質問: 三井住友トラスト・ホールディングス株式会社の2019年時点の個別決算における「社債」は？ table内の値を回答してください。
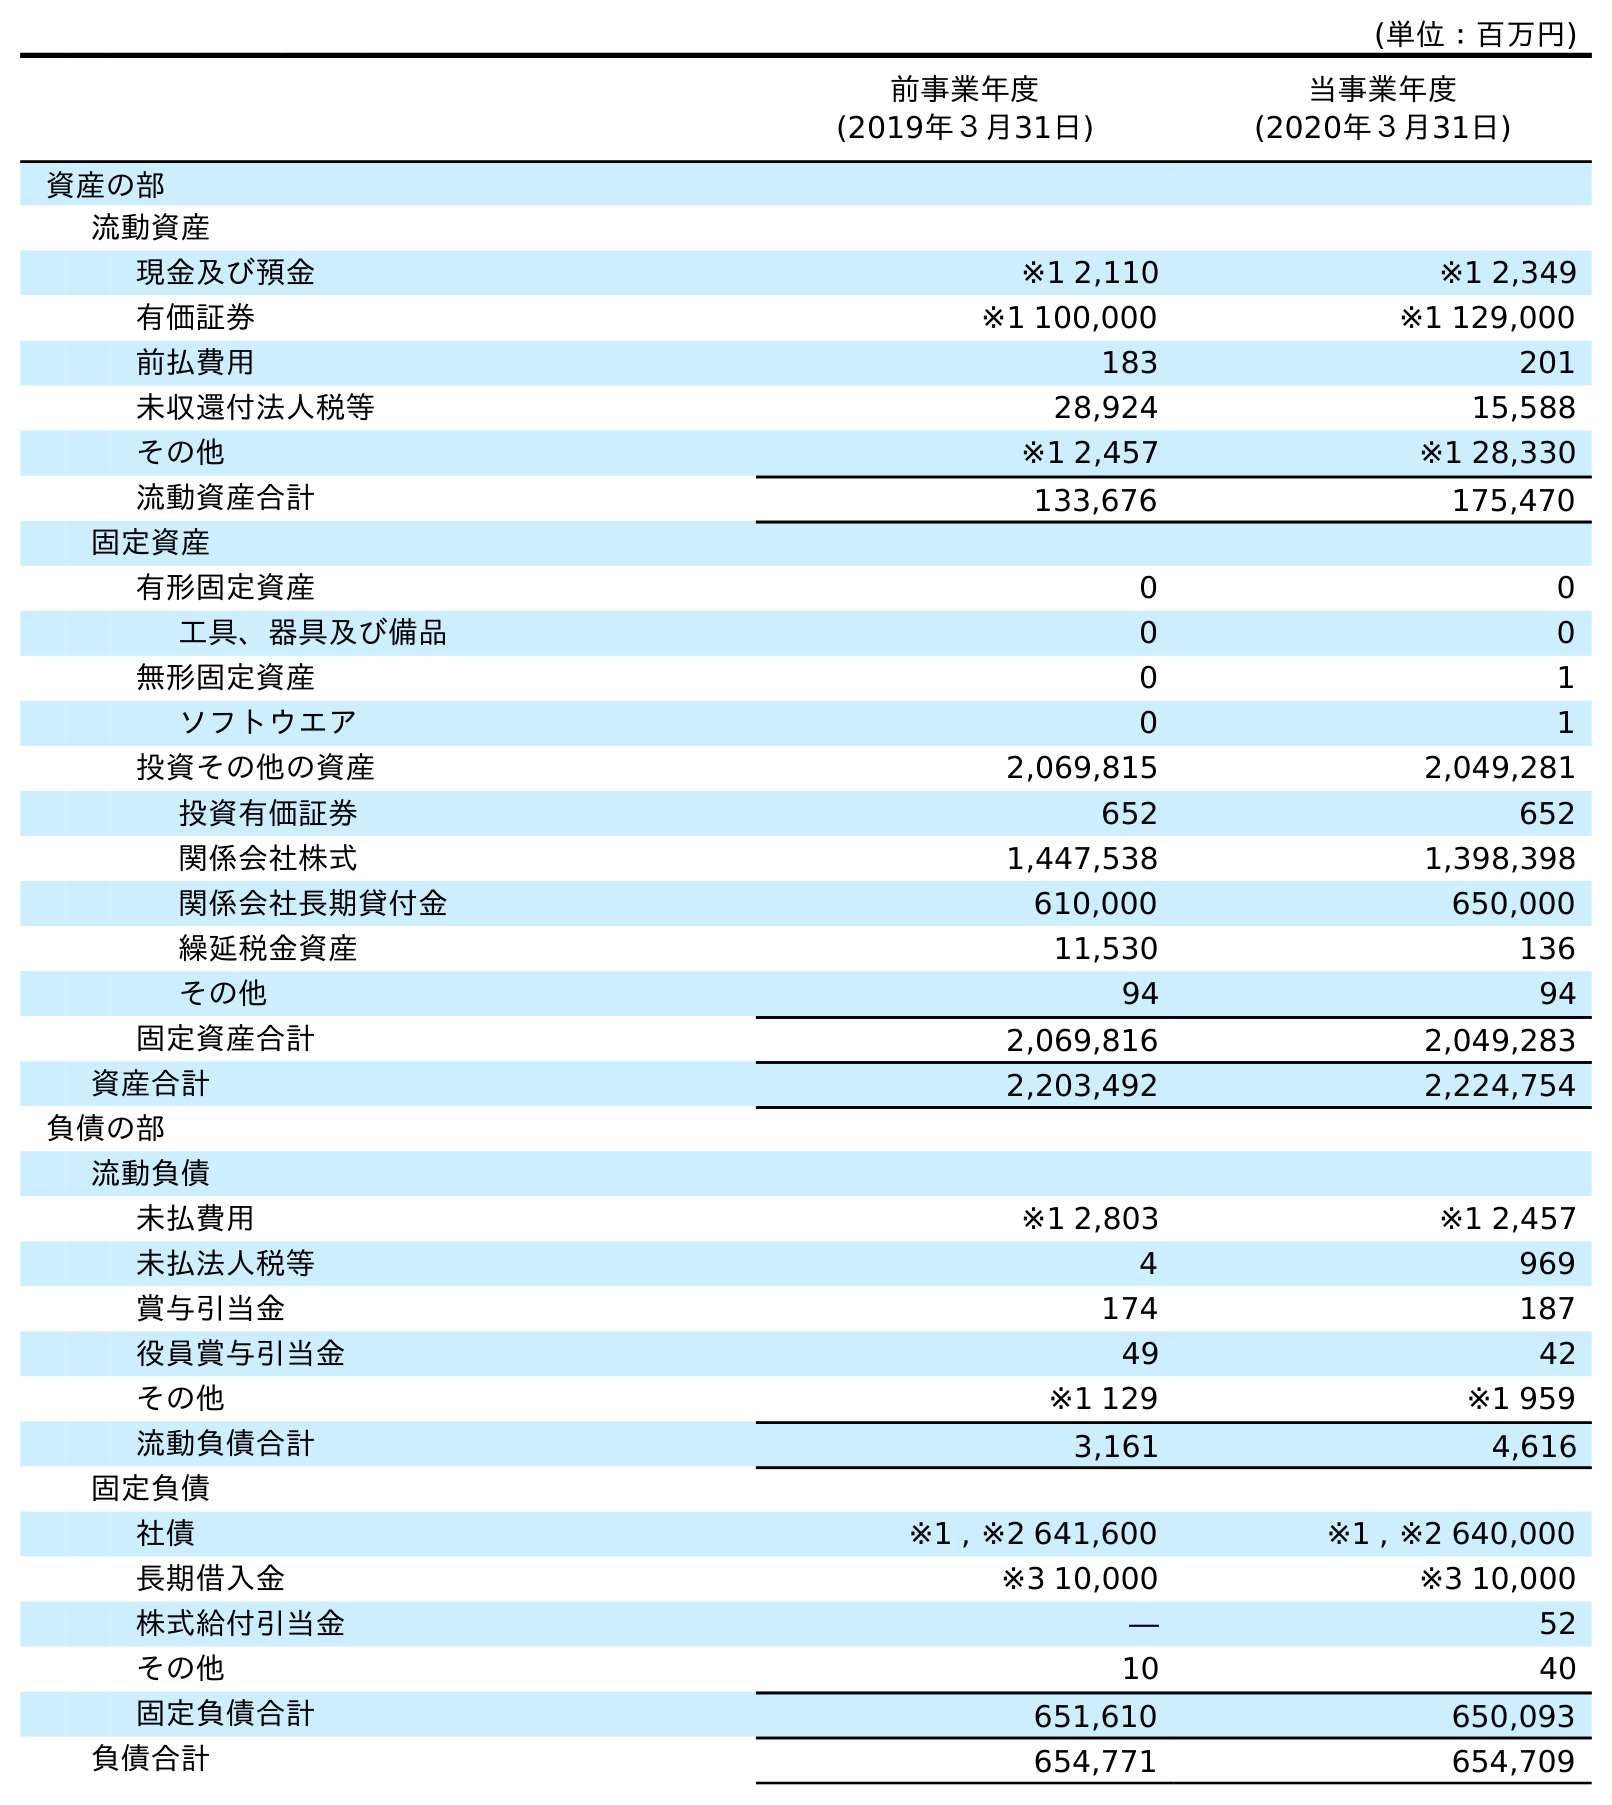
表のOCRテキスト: (単位：百万円) 前事業年度 (2019年３月31日) 当事業年度 (2020年３月31日) 資産の部 流動資産 現金及び預金 ※1 2,110 ※1 2,349 有価証券 ※1 100,000 ※1 129,000 前払費用 183 201 未収還付法人税等 28,924 15,588 その他 ※1 2,457 ※1 28,330 流動資産合計 133,676 175,470 固定資産 有形固定資産 0 0 工具、器具及び備品 0 0 無形固定資産 0 1 ソフトウエア 0 1 投資その他の資産 2,069,815 2,049,281 投資有価証券 652 652 関係会社株式 1,447,538 1,398,398 関係会社長期貸付金 610,000 650,000 繰延税金資産 11,530 136 その他 94 94 固定資産合計 2,069,816 2,049,283 資産合計 2,203,492 2,224,754 負債の部 流動負債 未払費用 ※1 2,803 ※1 2,457 未払法人税等 4 969 賞与引当金 174 187 役員賞与引当金 49 42 その他 ※1 129 ※1 959 流動負債合計 3,161 4,616 固定負債 社債 ※1 , ※2 641,600 ※1 , ※2 640,000 長期借入金 ※3 10,000 ※3 10,000 株式給付引当金 ― 52 その他 10 40 固定負債合計 651,610 650,093 負債合計 654,771 654,709
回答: ※1,※2641,600